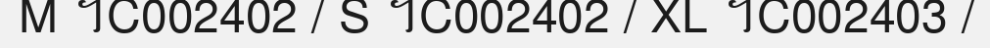
M ។C002402 / S ។C002402 / XL ។C002403 /